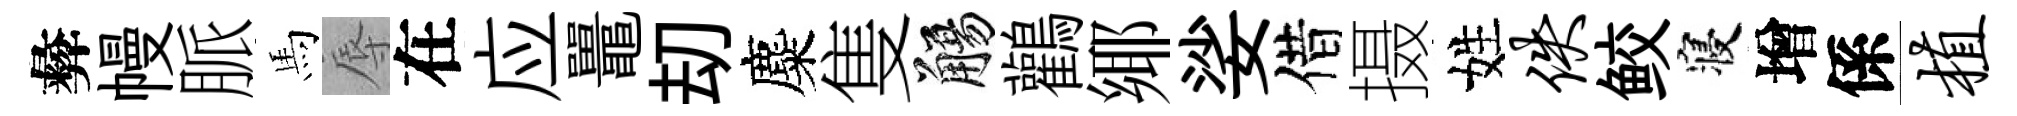
彜幔脈馬辱在应鼉刧麋隻觴鸛鄊娑借摄姓佚鲛寝增係植